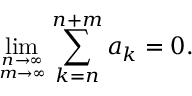
\operatorname* { l i m } _ { n \to \infty \atop m \to \infty } \sum _ { k = n } ^ { n + m } a _ { k } = 0 .